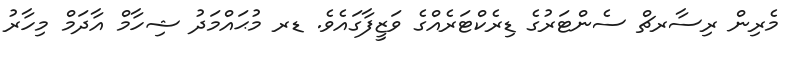
މެރިން ރިސާރޗް ސެންޓަރުގެ ޑިރެކްޓަރެއްގެ ވަޒީފާގައެވެ. ޑރ މުޙައްމަދު ޝިހާމް އާދަމް މިހާރު